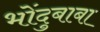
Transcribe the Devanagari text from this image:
भोंदुबाबा